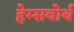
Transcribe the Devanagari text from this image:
हेम्सवोर्थ